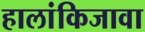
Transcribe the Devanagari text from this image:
हालांकिजावा